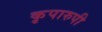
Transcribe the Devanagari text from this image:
कृपारुपी